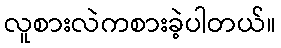
လူစားလဲကစားခဲ့ပါတယ်။